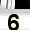
Digit: 6